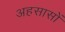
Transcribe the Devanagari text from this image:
अहसासों